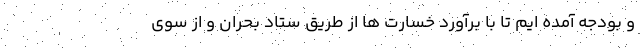
و بودجه آمده ایم تا با برآورد خسارت ها از طریق ستاد بحران و از سوی